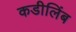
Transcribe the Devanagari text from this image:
कडीलिंब